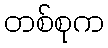
တစ်စုက